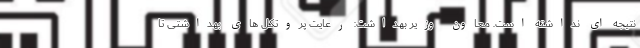
نتیجه ای نداشته است. معاون وزیر بهداشت: رعایت پروتکل های بهداشتی تا